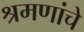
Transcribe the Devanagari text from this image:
श्रमणांचे